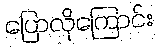
ပြောလိုကြောင်း